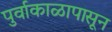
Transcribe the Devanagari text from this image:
पुर्वाकाळापासून